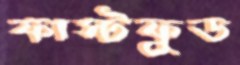
ফাস্টফুড